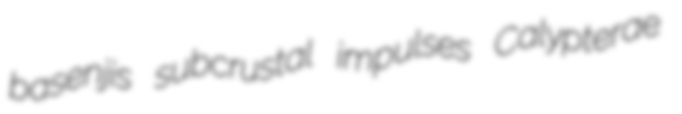
basenjis subcrustal impulses Calypterae